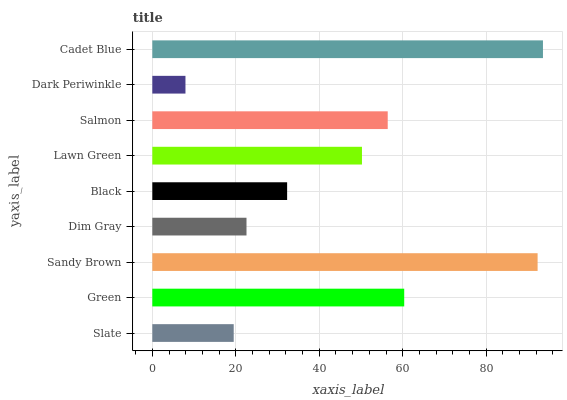
| yaxis_label | bars |
 | --- | --- |
 | Slate | 19.5 |
 | Green | 60.4 |
 | Sandy Brown | 92.3 |
 | Dim Gray | 22.6 |
 | Black | 32.3 |
 | Lawn Green | 50.2 |
 | Salmon | 56.4 |
 | Dark Periwinkle | 7.94 |
 | Cadet Blue | 93.6 |